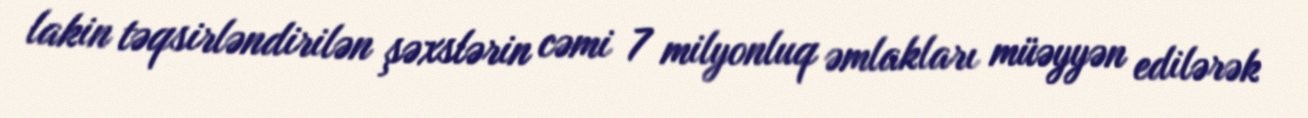
lakin təqsirləndirilən şəxslərin cəmi 7 milyonluq əmlakları müəyyən edilərək